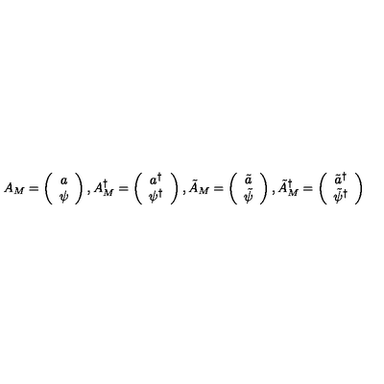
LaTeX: A _ { M } = \left( \begin{array} { c } { a } \\ { \psi } \\ \end{array} \right) , A _ { M } ^ { \dagger } = \left( \begin{array} { c } { a ^ { \dagger } } \\ { \psi ^ { \dagger } } \\ \end{array} \right) , \tilde { A } _ { M } = \left( \begin{array} { c } { \tilde { a } } \\ { \tilde { \psi } } \\ \end{array} \right) , \tilde { A } _ { M } ^ { \dagger } = \left( \begin{array} { c } { \tilde { a } ^ { \dagger } } \\ { \tilde { \psi } ^ { \dagger } } \\ \end{array} \right)